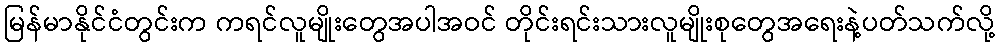
မြန်မာနိုင်ငံတွင်းက ကရင်လူမျိုးတွေအပါအဝင် တိုင်းရင်းသားလူမျိုးစုတွေအရေးနဲ့ပတ်သက်လို့